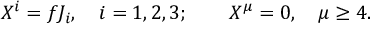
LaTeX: X ^ { i } = f J _ { i } , \quad i = 1 , 2 , 3 ; \quad \quad X ^ { \mu } = 0 , \quad \mu \geq 4 .